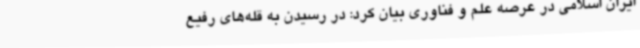
ایران اسلامی در عرصه علم و فناوری بیان کرد: در رسیدن به قله‌های رفیع